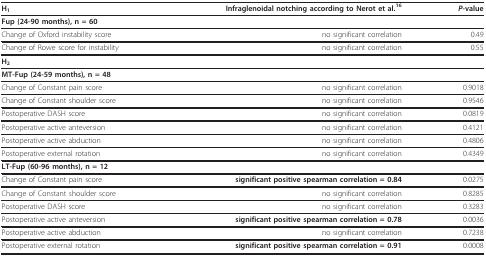
<table><thead><tr><td><b>H<sub>1</sub></b></td><td><b>Infraglenoidal notching according to Nerot et al.<sup>16</sup></b></td><td><b><i>P</i>-value</b></td></tr></thead><tbody><tr><td><b>Fup (24-90 months), n = 60</b></td><td></td><td></td></tr><tr><td>Change of Oxford instability score</td><td>no significant correlation</td><td>0.49</td></tr><tr><td>Change of Rowe score for instability</td><td>no significant correlation</td><td>0.55</td></tr><tr><td><b>H</b><sub><b>2</b></sub></td><td></td><td></td></tr><tr><td><b>MT-Fup (24-59 months), n = 48</b></td><td></td><td></td></tr><tr><td>Change of Constant pain score</td><td>no significant correlation</td><td>0.9018</td></tr><tr><td>Change of Constant shoulder score</td><td>no significant correlation</td><td>0.9546</td></tr><tr><td>Postoperative DASH score</td><td>no significant correlation</td><td>0.0819</td></tr><tr><td>Postoperative active anteversion</td><td>no significant correlation</td><td>0.4121</td></tr><tr><td>Postoperative active abduction</td><td>no significant correlation</td><td>0.4806</td></tr><tr><td>Postoperative external rotation</td><td>no significant correlation</td><td>0.4349</td></tr><tr><td><b>LT-Fup (60-96 months), n = 12</b></td><td></td><td></td></tr><tr><td>Change of Constant pain score</td><td><b>significant positive spearman correlation = 0.84</b></td><td>0.0275</td></tr><tr><td>Change of Constant shoulder score</td><td>no significant correlation</td><td>0.8285</td></tr><tr><td>Postoperative DASH score</td><td>no significant correlation</td><td>0.3283</td></tr><tr><td>Postoperative active anteversion</td><td><b>significant positive spearman correlation = 0.78</b></td><td>0.0036</td></tr><tr><td>Postoperative active abduction</td><td>no significant correlation</td><td>0.7238</td></tr><tr><td>Postoperative external rotation</td><td><b>significant positive spearman correlation = 0.91</b></td><td>0.0008</td></tr></tbody></table>